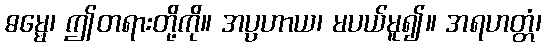
ဓမ္မေ၊ ဤတရားတို့ကို။ အပ္ပဟာယ၊ မပယ်မူ၍။ အရဟတ္တံ၊